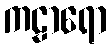
ကဠာရော